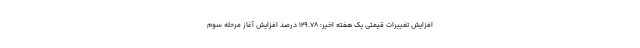
افزایش تغییرات قیمتی یک هفته اخیر: ۱۲۹.۷۸ درصد افزایش آغاز مرحله سوم